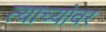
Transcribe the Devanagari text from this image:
त्याच्यांवर